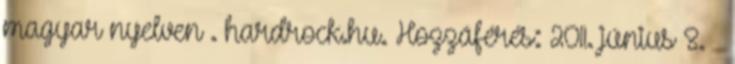
magyar nyelven . hardrock.hu. Hozzáférés: 2011. június 8. ↑